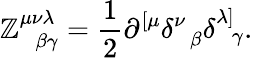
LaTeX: \mathbb{Z}_{\; \; \beta\gamma}^{\mu\nu\lambda}=\frac{1}{2}\partial^{\left[\mu\right.}\delta_{\; \; \beta}^{\nu}\delta_{\; \; \gamma}^{\left.\lambda\right]}.